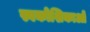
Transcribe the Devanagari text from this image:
स्वकोशिकाओं